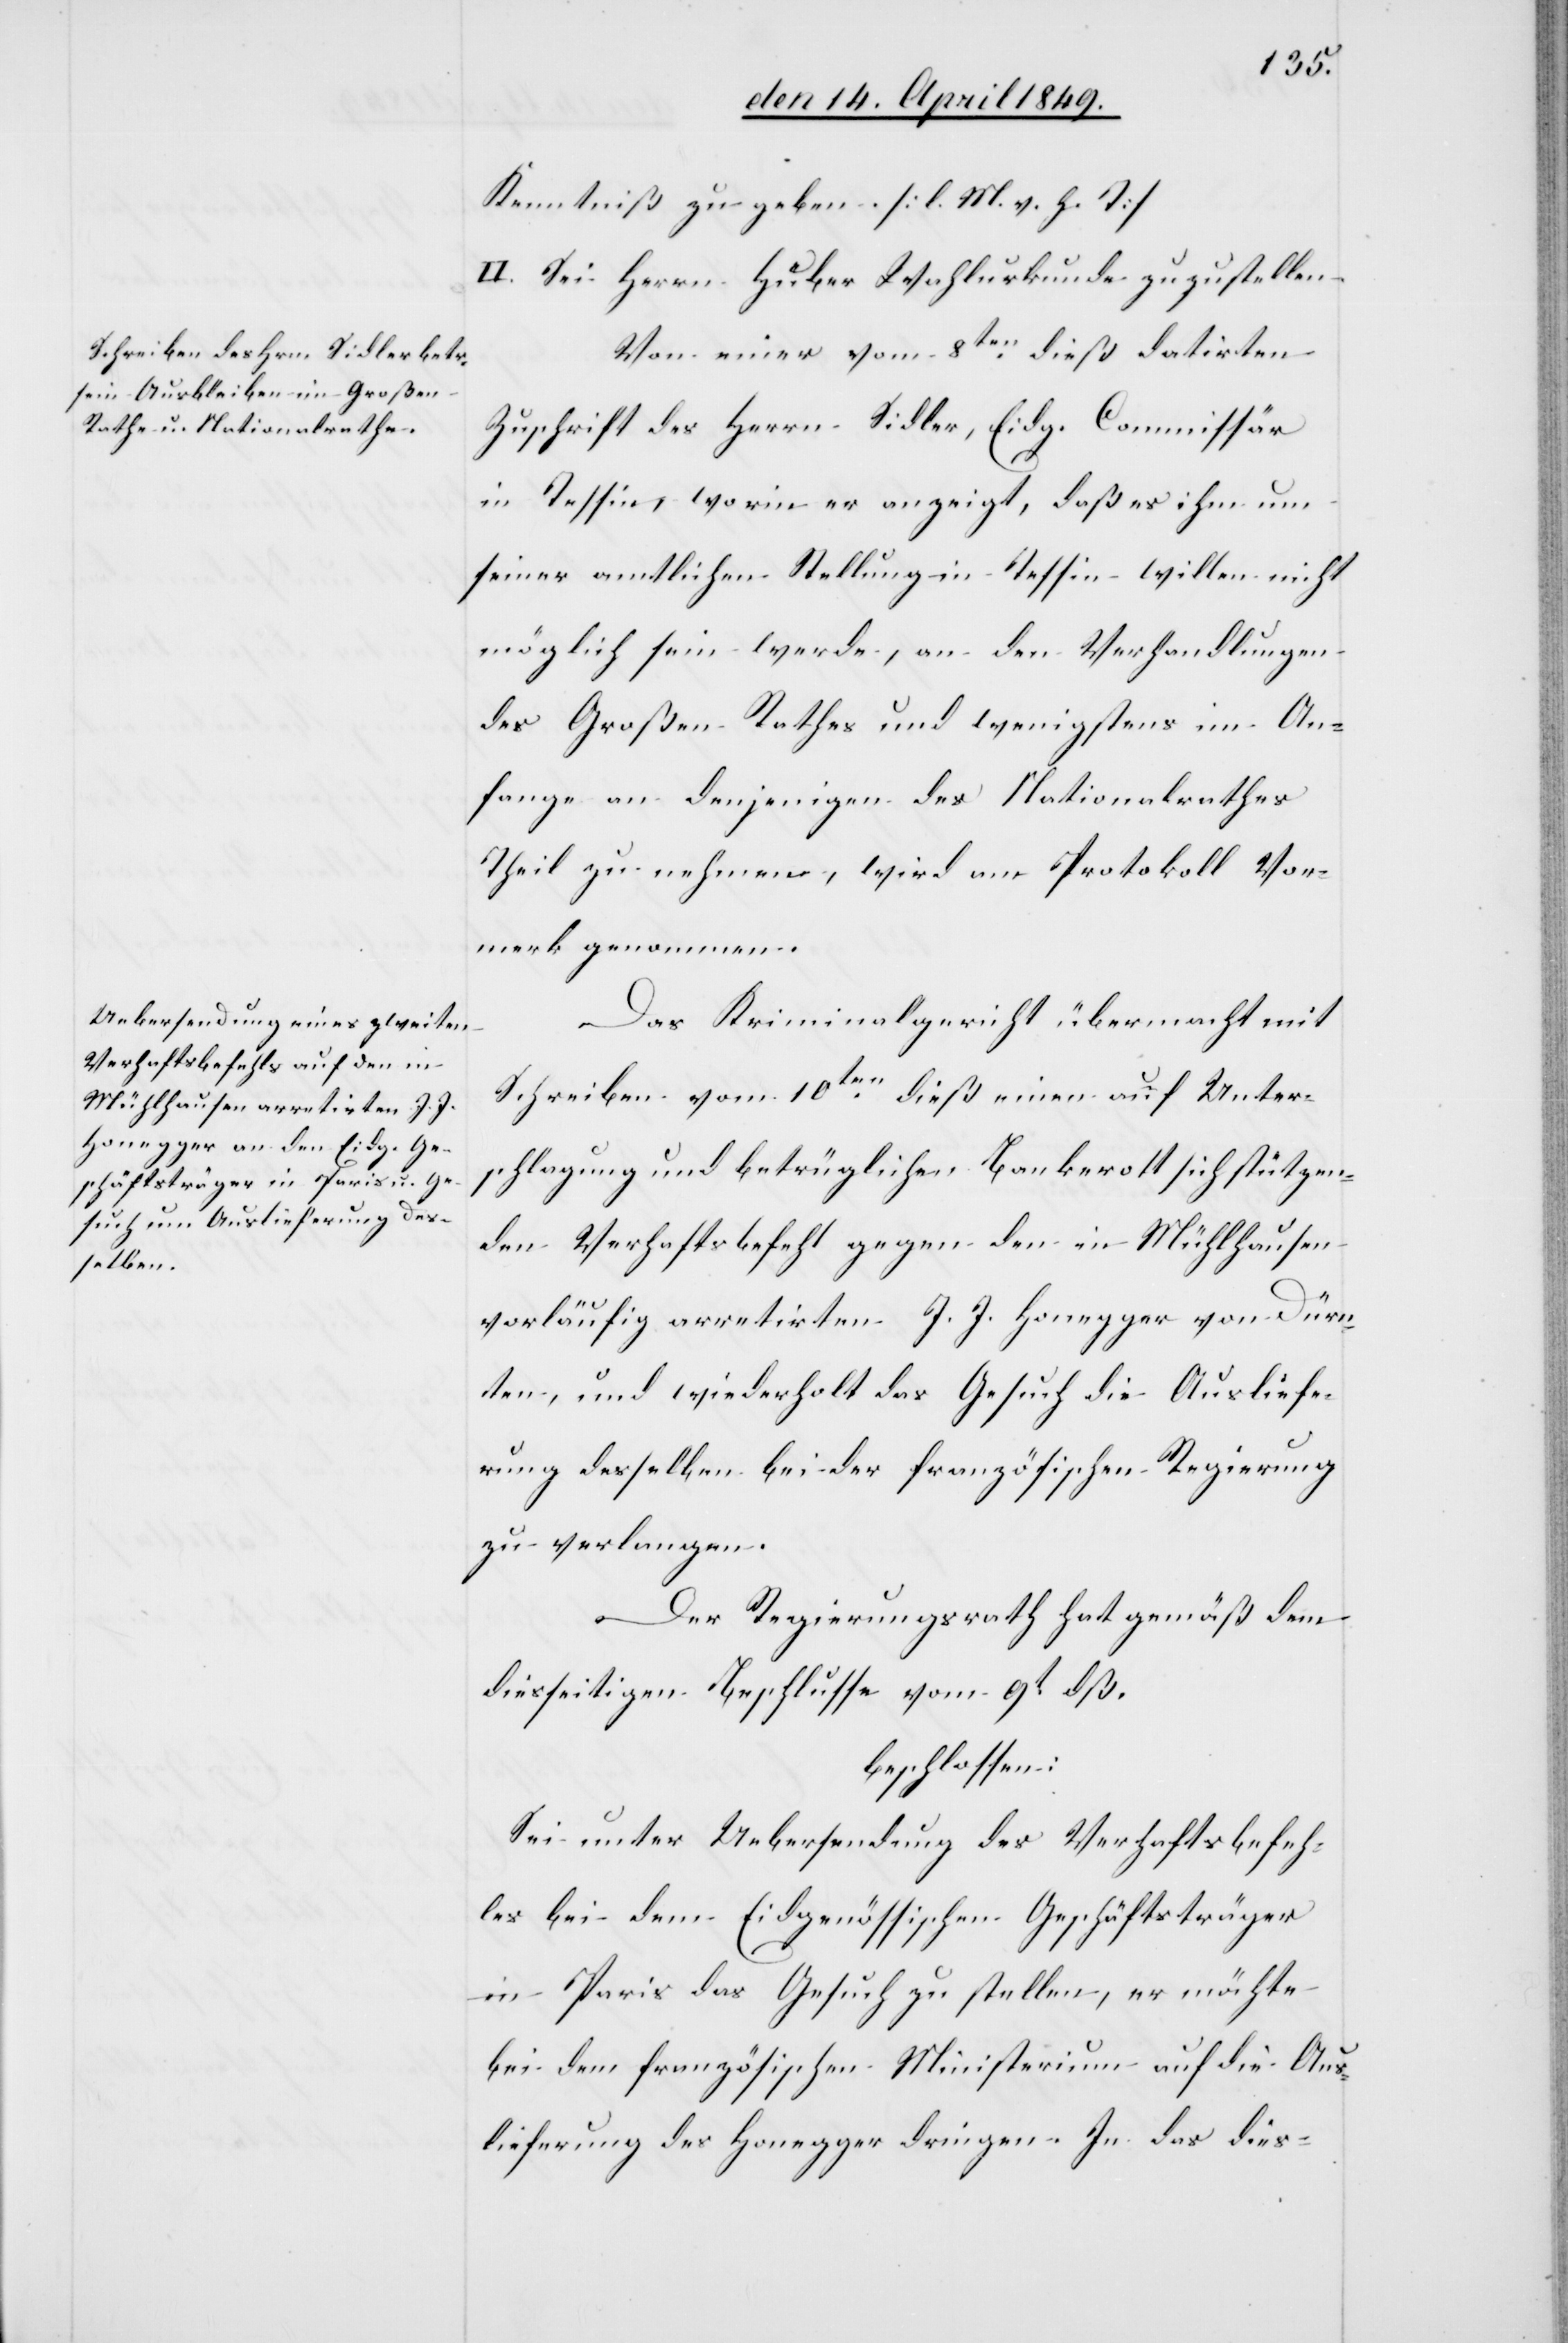
Kenntniß zu geben [l. M. h. T]
II. Sei Herrn Huber Wahlurkunde zuzustellen.
Von einer vom 8ten dieß datirten
Zuschrift des Herrn Sidler, Eidg. Commissär
in Tessin, worin er anzeigt, daß es ihm um
seiner amtlichen Stellung in Tessin willen nicht
möglich sein werde, an den Verhandlungen
des Großen Rathes und wenigstens im An¬
fange an denjenigen des Nationalrathes
Theil zu nehmen, wird am Protokoll Vor¬
merk genommen.
Das Kriminalgericht übermacht mit
Schreiben vom 10ten dieß einen auf Unter¬
schlagung und betrüglichen Bankerott sich stützen¬
den Verhaftsbefehl gegen den in Mühlhausen
vorläufig arretirten J. J. Honegger von Dürn¬
ten, und wiederholt das Gesuch die Ausliefe¬
rung desselben bei der französischen Regierung
zu verlangen.
Der Regierungsrath hat gemäß dem
diesseitigen Beschlusse vom 9t dß.
beschlossen:
Sei unter Uebersendung des Verhaftsbefeh¬
les bei dem Eidgenössischen Geschäftsträger
in Paris das Gesuch zu stellen, er möchte
bei dem französischen Ministerium auf die Aus¬
lieferung des Honegger dringen. In das dies-